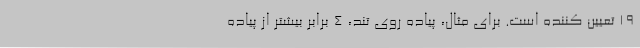
19 تعیین کننده است. برای مثال، پیاده روی تند، 4 برابر بیشتر از پیاده